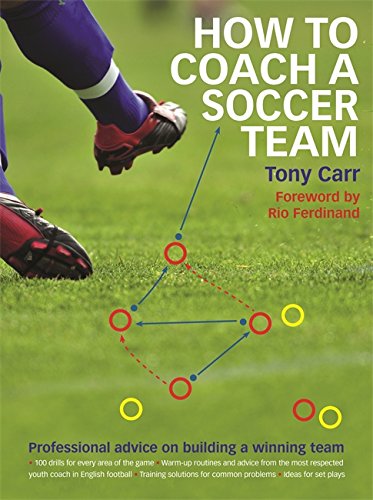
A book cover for How to Coach A Soccer Team: Professional advice on building a winning team; Tony Carr; Sports & Outdoors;